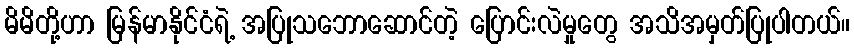
မိမိတို့ဟာ မြန်မာနိုင်ငံရဲ့ အပြုသဘောဆောင်တဲ့ ပြောင်းလဲမှုတွေ အသိအမှတ်ပြုပါတယ်။